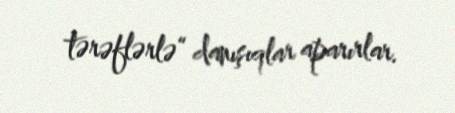
tərəflərlə“ danışıqlar aparırlar.